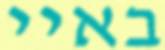
באיי